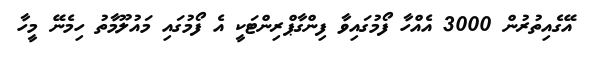
އޭގެއިތުރުން 3000 އެއްހާ ފޯމުގައިވާ ފިންގާޕްރިންޓަކީ އެ ފޯމުގައި މައުލޫމާތު ހިމެނޭ މީހާ